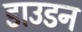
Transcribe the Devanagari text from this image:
डाउडन